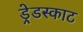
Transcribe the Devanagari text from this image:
ड्रेडस्काट